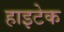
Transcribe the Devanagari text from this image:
हाइटेक